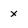
Character: x